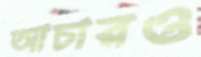
আচারও